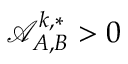
\mathcal { A } _ { A , B } ^ { k , * } > 0